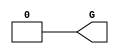

`timescale  1 ps / 1 ps

module GND(G);

    output G;

	assign G = 1'b0;

endmodule